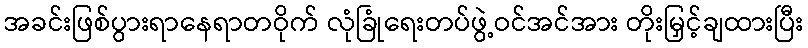
အခင်းဖြစ်ပွားရာနေရာတဝိုက် လုံခြုံရေးတပ်ဖွဲ့ဝင်အင်အား တိုးမြှင့်ချထားပြီး